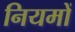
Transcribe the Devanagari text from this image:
नियमों